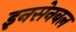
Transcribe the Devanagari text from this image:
इनसेनबल